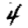
Digit: 4